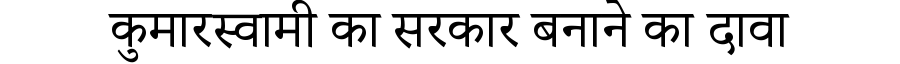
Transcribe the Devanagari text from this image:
कुमारस्वामी का सरकार बनाने का दावा